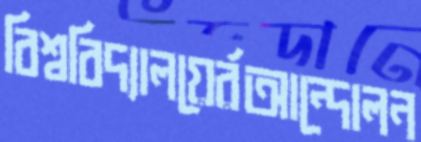
বিশ্ববিদ্যালয়ের্রআন্দোলন